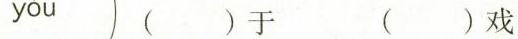
yóu （）于 （）戏